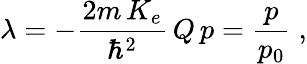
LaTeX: \lambda=-\frac{2m\, K_{e}}{\hbar^{2}}{\, Q\, p}=\frac{p}{p_{0}}\; ,